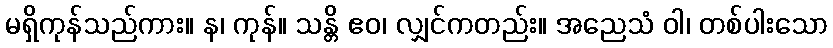
မရှိကုန်သည်ကား။ န၊ ကုန်။ သန္တိ ဧဝ၊ လျှင်ကတည်း။ အညေသံ ဝါ၊ တစ်ပါးသော